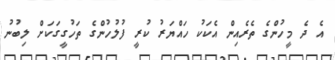
އެ ދެ މީހުންގެ ތެރެއިން އެކަކު ހައްޔަރު ކުރީ ފުލުހުންގެ ތަހުގީގަކަށް ލިބުނު